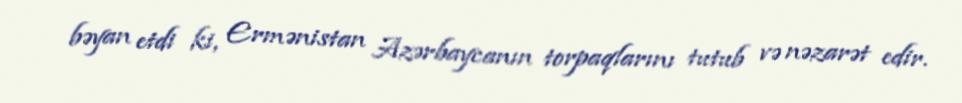
bəyan etdi ki, Ermənistan Azərbaycanın torpaqlarını tutub və nəzarət edir.